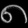
Digit: ၈